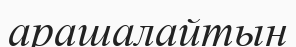
арашалайтын